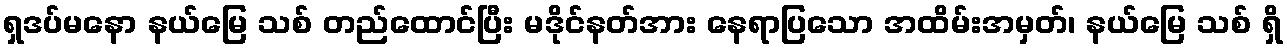
ရှဒပ်မနော နယ်မြေ သစ် တည်ထောင်ပြီး မဒိုင်နတ်အား နေရာပြသော အထိမ်းအမှတ်၊ နယ်မြေ သစ် ရှိ